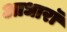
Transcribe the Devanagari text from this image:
आधारॉ